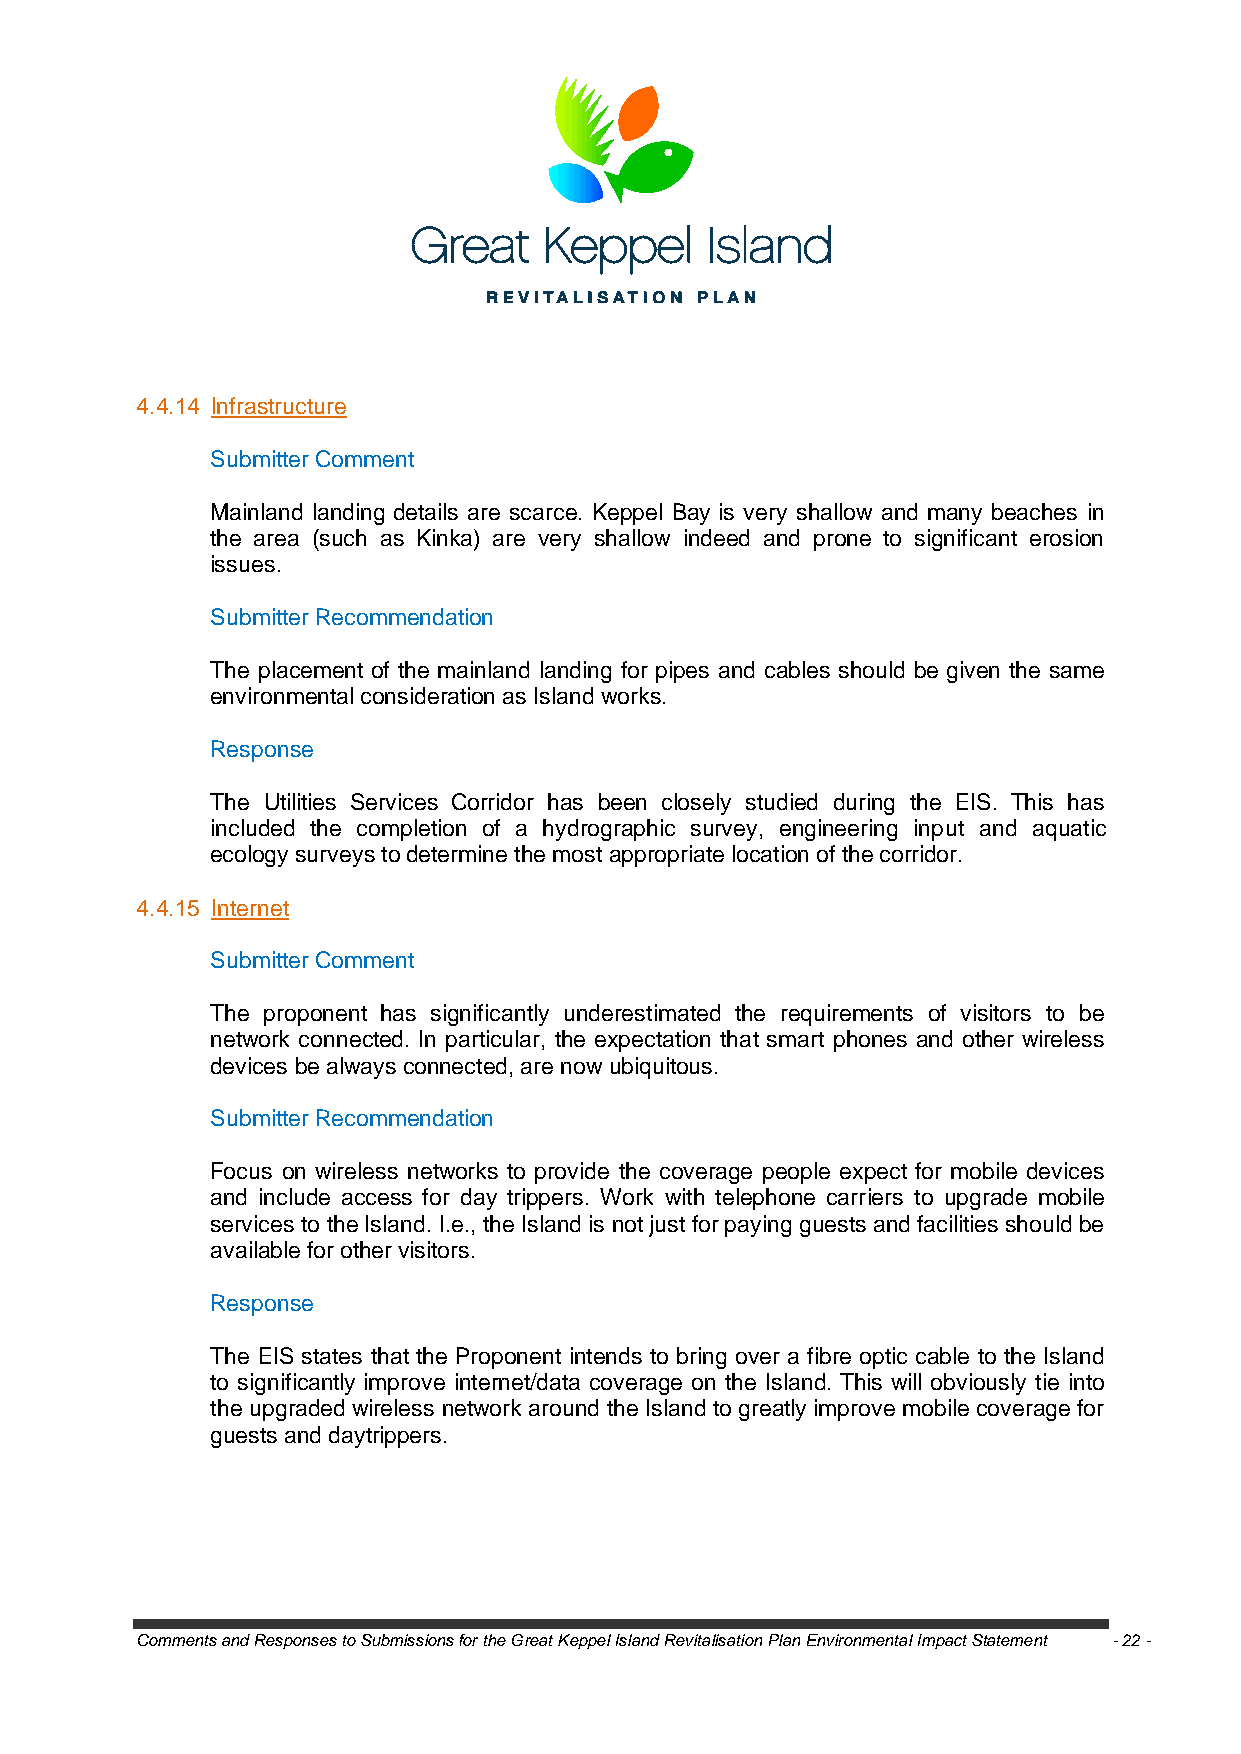
4.4.14 Infrastructure
 Submitter Comment
 Mainland landing details are scarce. Keppel Bay is very shallow and many beaches in
 the area (such as Kinka) are very shallow indeed and prone to significant erosion
 issues.
 Submitter Recommendation
 The placement of the mainland landing for pipes and cables should be given the same
 environmental consideration as Island works.
 Response
 The Utilities Services Corridor has been closely studied during the EIS. This has
 included the completion of a hydrographic survey, engineering input and aquatic
 ecology surveys to determine the most appropriate location of the corridor.
 4.4.15 Internet
 Submitter Comment
 The proponent has significantly underestimated the requirements of visitors to be
 network connected. In particular, the expectation that smart phones and other wireless
 devices be always connected, are now ubiquitous.
 Submitter Recommendation
 Focus on wireless networks to provide the coverage people expect for mobile devices
 and include access for day trippers. Work with telephone carriers to upgrade mobile
 services to the Island. I.e., the Island is not just for paying guests and facilities should be
 available for other visitors.
 Response
 The EIS states that the Proponent intends to bring over a fibre optic cable to the Island
 to significantly improve internet/data coverage on the Island. This will obviously tie into
 the upgraded wireless network around the Island to greatly improve mobile coverage for
 guests and daytrippers.
 Comments and Responses to Submissions for the Great Keppel Island Revitalisation Plan Environmental Impact Statement - 22 -